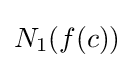
N_{1}(f(c))